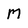
Character: M